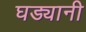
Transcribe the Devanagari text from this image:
घड्यानी